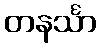
တနင်္သာ